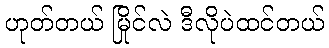
ဟုတ်တယ် မြိုင်လဲ ဒီလိုပဲထင်တယ်